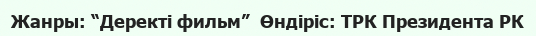
Жанры: “Деректі фильм”  Өндіріс: ТРК Президента РК